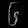
Digit: ၆